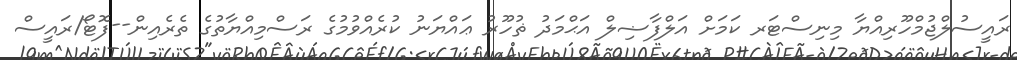
ރައީސުލްޖުމްހޫރިއްޔާ މިނިސްޓަރ ކަމަށް އަލްފާޟިލް އަޙްމަދު ޡުހޫރު ޢައްޔަނު ކުރެއްވުމުގެ ރަސްމިއްޔާތުގެ ތެރެއިން--ފޮޓޯ/ރައީސް